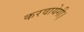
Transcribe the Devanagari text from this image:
करवायेगी।